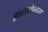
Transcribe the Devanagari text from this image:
इलास्टोप्लास्ट